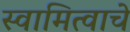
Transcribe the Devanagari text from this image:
स्वामित्वाचे